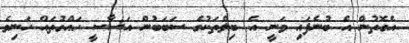
އެގޮތުން އެ ބުނެފައި ވަނީ އެ ބިލްތަކުގެ ސަބަބުން އަސާސީ ހައްގުތައް ހަނިވެ